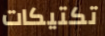
تكتيكات